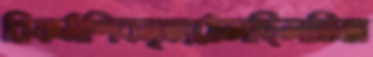
রিফর্মশিবনৃত্যঠেলছিলভিজ